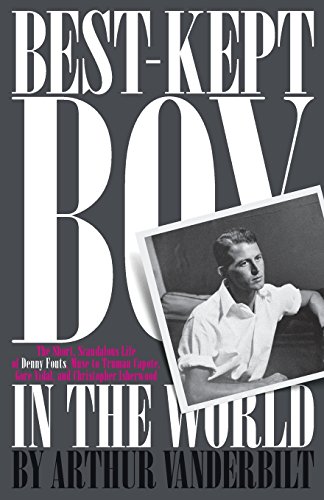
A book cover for The Best-Kept Boy in the World: The Life and Loves of Denny Fouts; Arthur Vanderbilt; Gay & Lesbian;